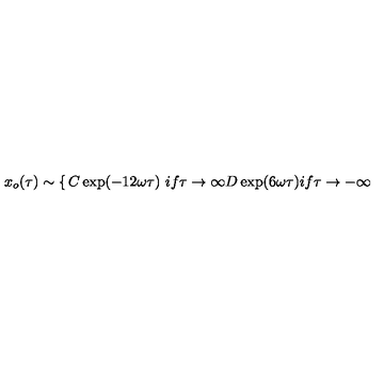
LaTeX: x _ { o } ( \tau ) \sim \left\{ \begin{matrix} { C \exp ( - 1 2 \omega \tau ) \ i f \tau \rightarrow \infty } \\ { D \exp ( 6 \omega \tau ) i f \tau \rightarrow - \infty } \\ \end{matrix} \right.